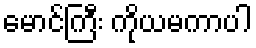
မောင်ကြီး ကိုယမကာပါ